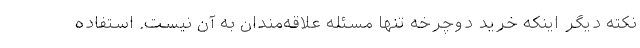
نکته دیگر اینکه خرید دوچرخه تنها مسئله علاقه‌مندان به آن نیست. استفاده